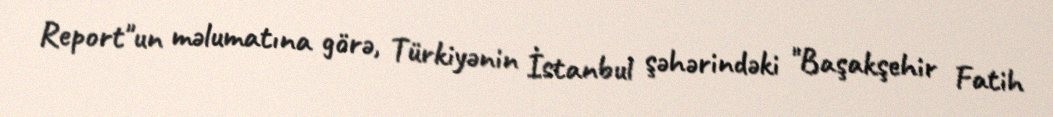
Report"un məlumatına görə, Türkiyənin İstanbul şəhərindəki "Başakşehir Fatih